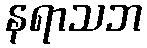
နရာသဘ